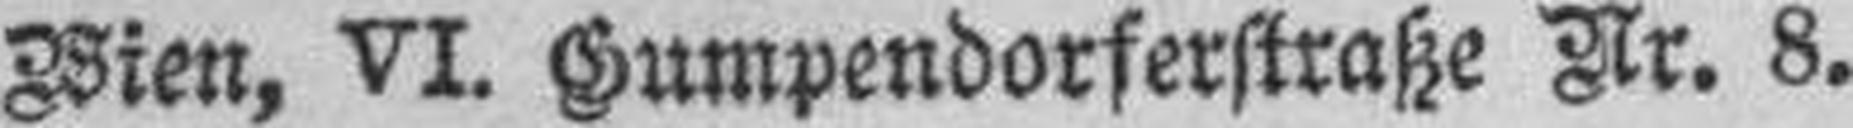
Wien, VI. Gumpendorferstraße Nr. 8.